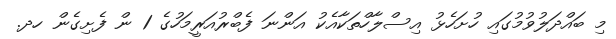
މި ބައްދަލުވުމުގައި ހުށަހެޅު އިސްލާހްތަކާއެކު އަންނަ ފެބްރުއަރީމަހުގެ 1 ން ފެށިގެން ހދ.